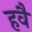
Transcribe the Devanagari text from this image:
हवै